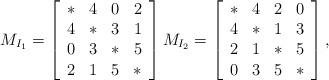
LaTeX: \begin{align*}M_{I_{1}}=\left[\begin{array}{cccc}* & 4 & 0 & 2 \\4 & * & 3 & 1 \\0 & 3 & * & 5 \\2 & 1 & 5 & * \\\end{array}\right] M_{I_{2}}=\left[\begin{array}{cccc}* & 4 & 2 & 0 \\4 & * & 1 & 3 \\2 & 1 & * & 5 \\0 & 3 & 5 & * \\\end{array}\right],\end{align*}